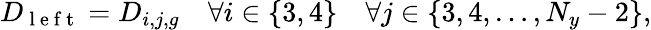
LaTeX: D_{\mathrm{~l~e~f~t~}}=D_{i,j,g}\quad\forall i\in\{ 3,4\} \quad\forall j\in\{ 3,4,\ldots,N_{y}-2\} ,